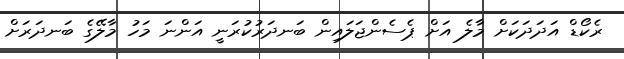
ރެކޯޑް އަދަދަކަށް މާލެ އަށް ޕެސެންޖަލައިން ބަނދަރުކުރަނީ އަންނަ މަހު މާލޭގެ ބަނދަރަށް